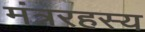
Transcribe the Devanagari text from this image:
मंत्ररहस्य